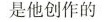
是他创作的